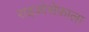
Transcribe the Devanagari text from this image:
राइज़ोसेफ़ाला